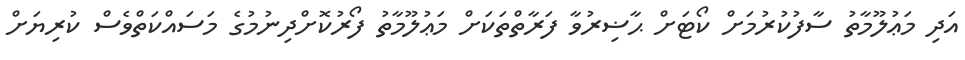
އަދި މަޢުލޫމާތު ސާފުކުރުމަށް ކޯޓަށް ޙާޟިރުވާ ފަރާތްތަކަށް މަޢުލޫމާތު ފޯރުކޮށްދިނުމުގެ މަސައްކަތްވެސް ކުރިޔަށް